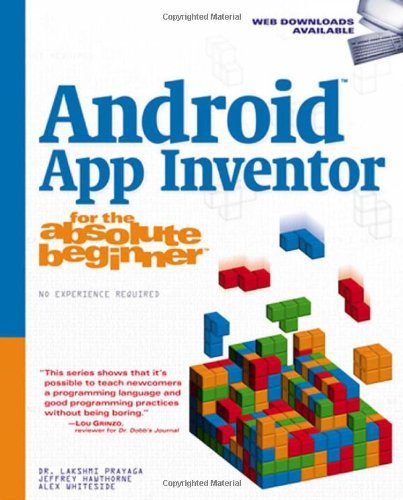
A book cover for Android App Inventor for the Absolute Beginner; Lakshmi Prayaga; Business & Money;